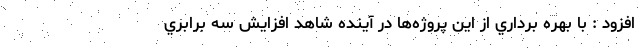
افزود : با بهره برداري از اين پروژه‌ها در آينده شاهد افزايش سه برابري